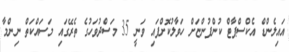
އައިލެންޑް އެކްސްޕާޓް ކުންފުންޏަށް ހަވާލުކޮށްފައި ވަނީ 35 މަސްދުވަހުގެ ތެރޭގައި މަސައްކަތް ނިންމާ